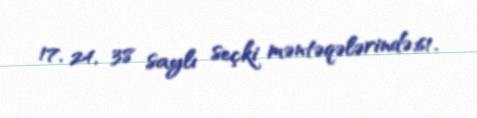
17, 24, 38 saylı seçki məntəqələrində;61.